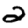
Digit: 2